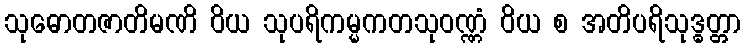
သုဓောတဇာတိမဏိ ဝိယ သုပရိကမ္မကတသုဝဏ္ဏံ ဝိယ စ အတိပရိသုဒ္ဓတ္တာ